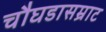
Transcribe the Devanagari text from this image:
चौघडासम्राट